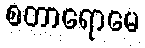
စတာရောမေ